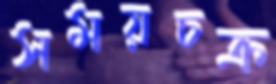
সময়চক্র